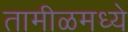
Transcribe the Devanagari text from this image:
तामीळमध्ये